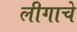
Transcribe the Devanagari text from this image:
लीगाचे